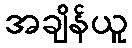
အချိန်ယူ